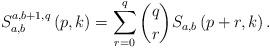
LaTeX: \begin{align*}S_{a,b}^{a,b+1,q}\left( p,k\right) =\sum_{r=0}^{q}\binom{q}{r}S_{a,b}\left(p+r,k\right) . \end{align*}